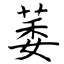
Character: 萎